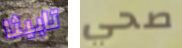
تابيثا صحي